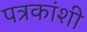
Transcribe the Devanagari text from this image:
पत्रकांशी